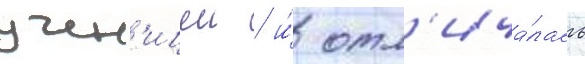
учен'ицеи / и́ отл'ича́лась